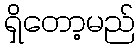
ရှိတော့မည်